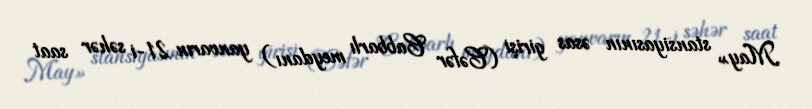
May» stansiyasının əsas girişi (Cəfər Cabbarlı meydanı) yanvarın 21-i səhər saat